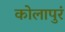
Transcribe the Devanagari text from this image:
कोलापुरं